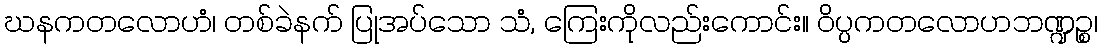
ဃနကတလောဟံ၊ တစ်ခဲနက် ပြုအပ်သော သံ, ကြေးကိုလည်းကောင်း။ ဝိပ္ပကတလောဟဘဏ္ဍဉ္စ၊